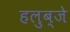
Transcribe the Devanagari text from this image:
हलुब्जे